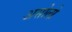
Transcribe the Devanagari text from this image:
असोलो